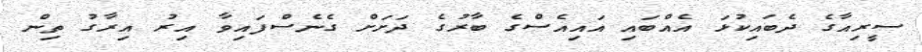
ސީރިއާގެ ދެބައިކުޅަ އެއްބައި އައިއެސްގެ ބާރުގެ ދަށަށް ގެނެސްފައިވާ އިރު އިރާގު ތިން